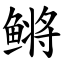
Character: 鳉